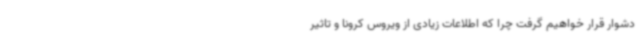
دشوار قرار خواهیم گرفت چرا که اطلاعات زیادی از ویروس کرونا و تاثیر